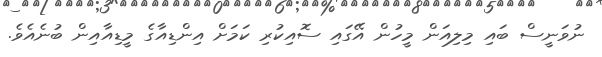
ނުވަނީސް ބައި މިލިއަން މީހުން އޭގައި ސޮއިކުރި ކަމަށް އިންޑިއާގެ މީޑިއާއިން ބުނެއެވެ.